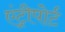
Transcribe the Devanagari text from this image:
एंट्रीपोर्ट